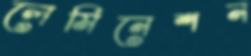
লেমিনেশন